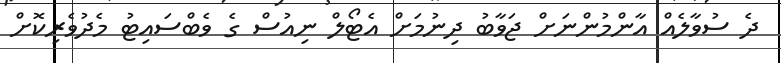
ދެ ސުވާލެއް އާންމުންނަށް ޖަވާބު ދިނުމަށް އެޓޯލް ނިއުސް ގެ ވެބްސައިޓު މެދުވެރިކޮށް